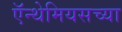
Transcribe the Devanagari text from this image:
ऍन्थेमियसच्या